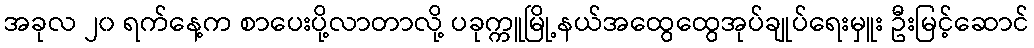
အခုလ ၂၀ ရက်နေ့က စာပေးပို့လာတာလို့ ပခုက္ကူမြို့နယ်အထွေထွေအုပ်ချုပ်ရေးမှူး ဦးမြင့်ဆောင်